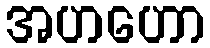
အဟဟော